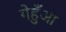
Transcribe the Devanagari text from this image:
गेहुँआ